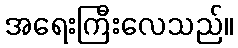
အရေးကြီးလေသည်။